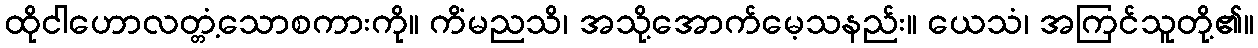
ထိုငါဟောလတ္တံ့သောစကားကို။ ကိံမညသိ၊ အသို့အောက်မေ့သနည်း။ ယေသံ၊ အကြင်သူတို့၏။